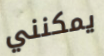
يمكنني